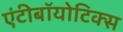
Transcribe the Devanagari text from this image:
एंटीबॉयोटिक्स